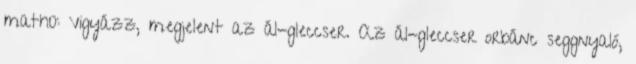
math0: Vigyázz, megjelent az ál-gleccser. Az ál-gleccser orbánc seggnyaló,